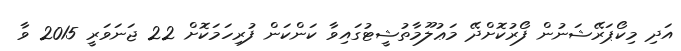
އަދި މިކޯޕަރޭޝަނުން ފޯރުކޮށްދޭ މަޢުލޫމާތުޝީޓުގައިވާ ކަންކަން ފުރިހަމަކޮށް 22 ޖަނަވަރީ 2015 ވާ